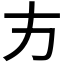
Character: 𭤧